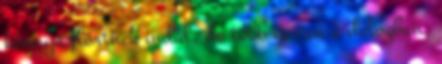
könnyű flörtnek indul, de több is van a dologban.